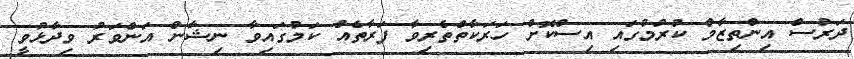
ދަރުސް އިންތިޒާމް ކުރުމުގައި އިސްކޮށް ހަރަކާތްތެރިވާ ފަރާތެއް ކަމުގައިވާ ނިޝާން އަންވަރު ވިދާޅުވީ